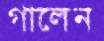
গালেন